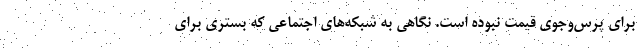
برای پرس‌وجوی قیمت نبوده است. نگاهی به شبکه‌های اجتماعی که بستری برای